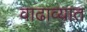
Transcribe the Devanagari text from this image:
वाढाव्यात